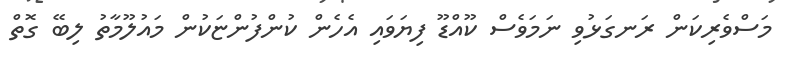
މަސްވެރިކަން ރަނގަޅުވި ނަމަވެސް ކޫއްޑޫ ފިޔަވައި އެހެން ކުންފުންޏަކުން މައުލޫމާތު ލިބޭ ގޮތް